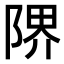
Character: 𨺬